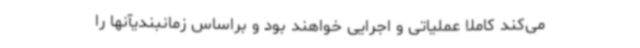
می‌کند کاملا عملیاتی و اجرایی خواهند بود و براساس زمانبندیآنها را